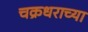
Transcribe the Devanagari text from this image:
चक्रधराच्या